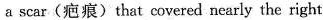
a scar(疤痕)that covered nearly the right